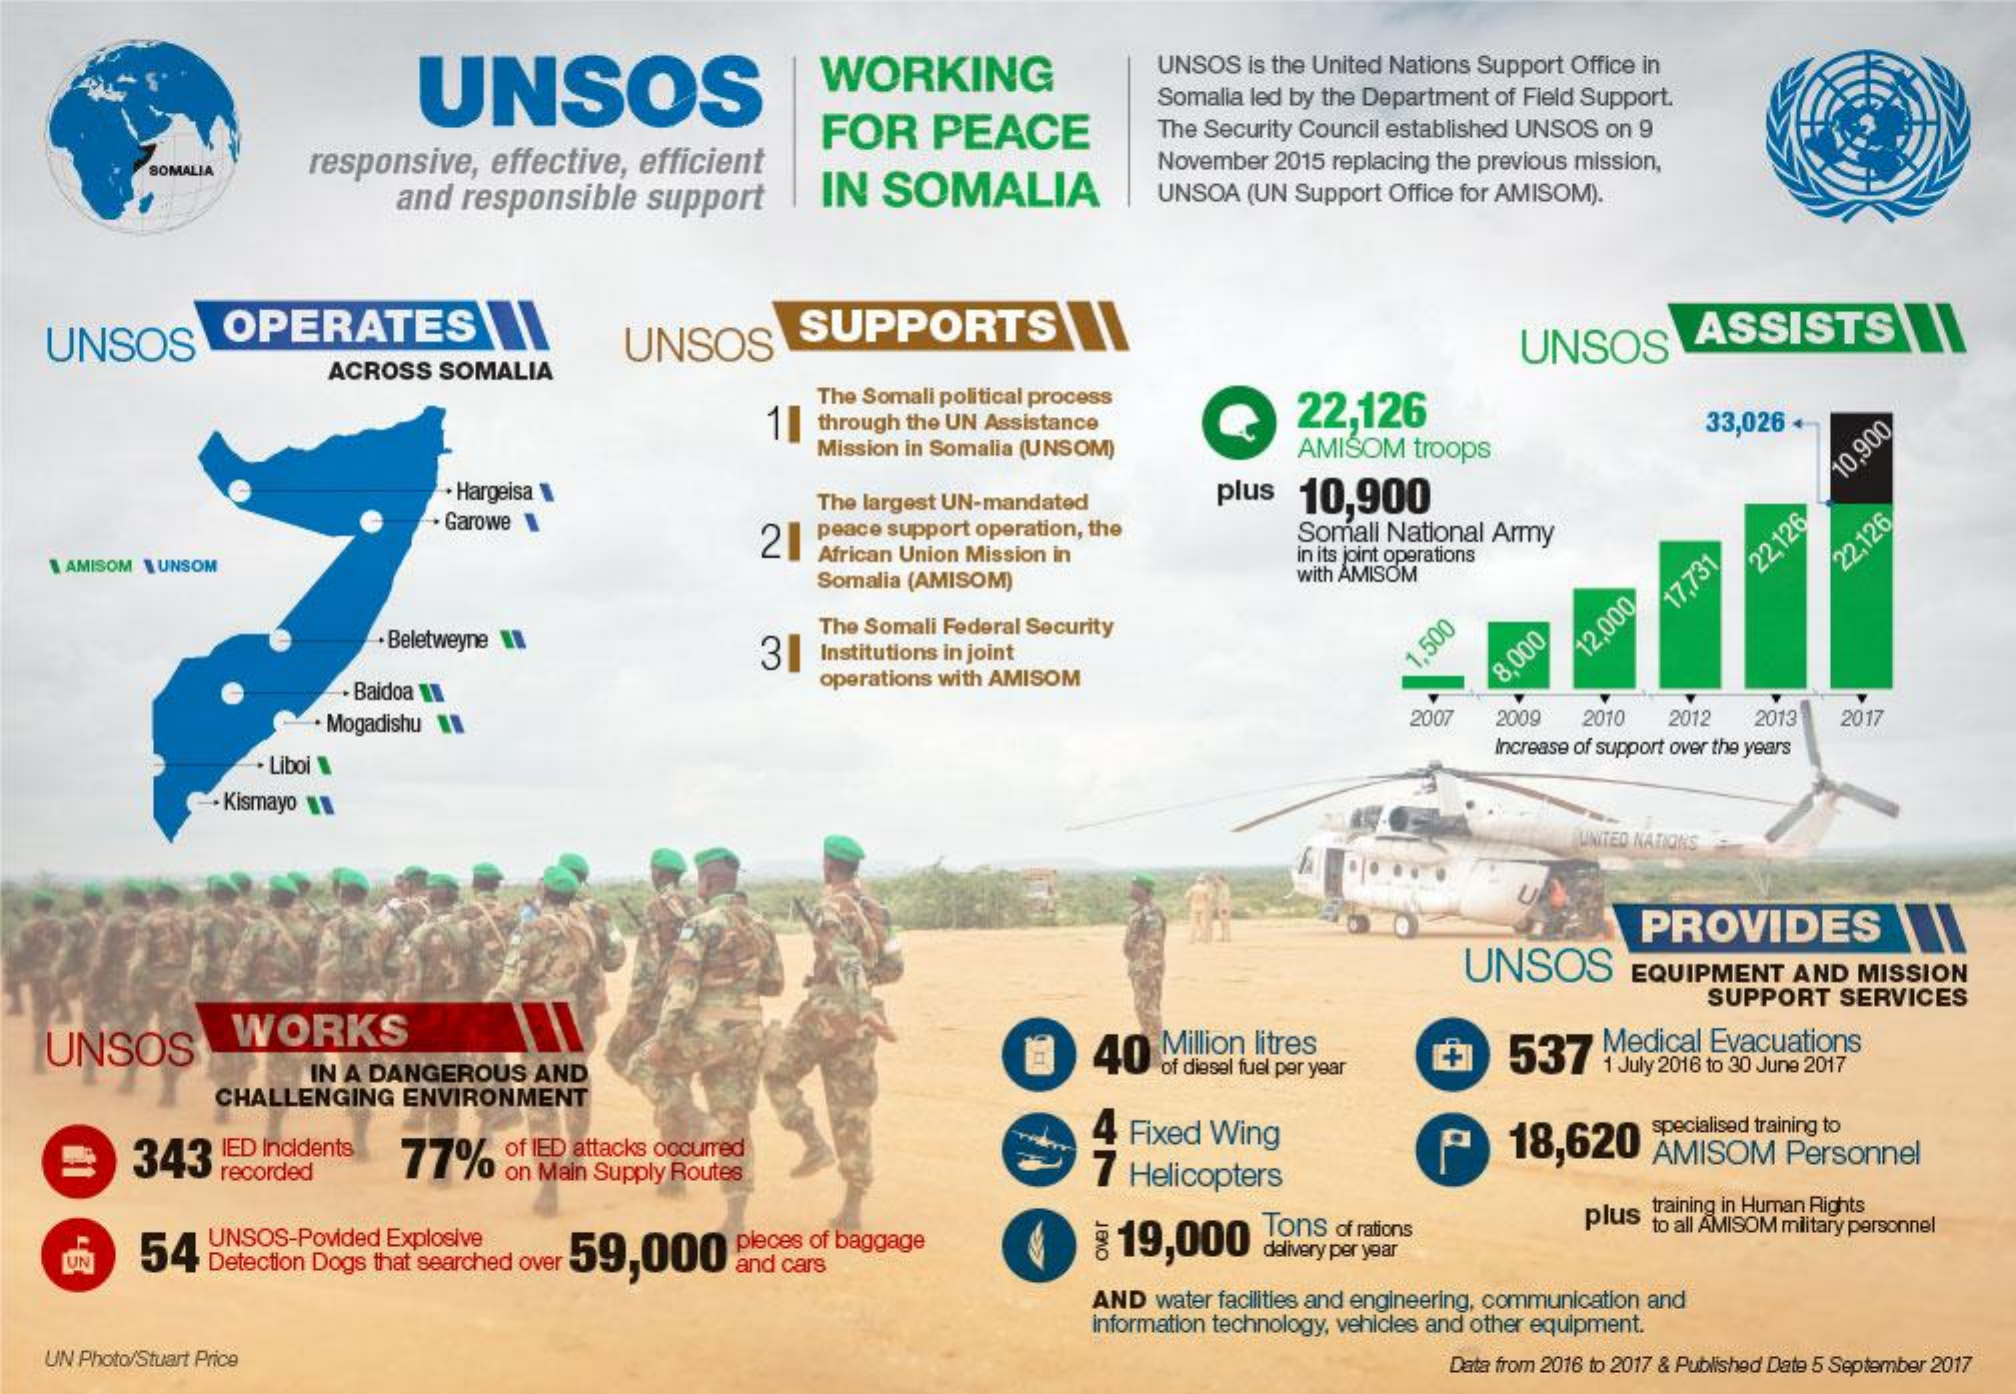
UNSOS    WORKING    UNSOS is the United Nations Support Office in
     FOR  PEACE
     Somalia led by the Department of Field Support.
     The Security Council established UNSOS on 9
     SOMALIA responsive, effective, efficient    November 2015 replacing the previous mission,
     and responsible support IN SOMALIA    UNSOA (UN Support Office for AMISOM).
   UNSOS   OPERATES    UNSOS    SUPPORTS    UNSOS    ASSISTS
     ACROSS SOMALIA
     11
     The Somali political process 22,126
     through the UN Assistance
     Mission in Somalia (UNSOM) AMISOM troops
     33,026 +
     + Hargeisa
     . Garowe
     The largest UN-mandated plus 10,900
     10,900
     21 peace support operation, the
   \ AMISOM \UNSOM    African Union Mission in
     Somali National Army
     in its joint operations
     Somalia (AMISOM)    with AMISOM
     22,126 22.126
     17,731
     . Beletweyne I    31
     The Somali Federal Security
     Institutions in joint    1.500    12,000
     Baidoa 11
     operations with AMISOM
     8.000
     Mogadishu    2007 2009 2010 2012 2013 2017
     Liboi
     Increase of support over the years
     - Kismayo
     UNITED NATIONS
     UNSOS
     PROVIDES
     EQUIPMENT AND MISSION
     SUPPORT SERVICES
   UNSOS    WORKS
     40 Million litres    537 Medical Evacuations
     IN A DANGEROUS AND    of diesel fuel per year 1 July 2016 to 30 June 2017
     CHALLENGING ENVIRONMENT
     343  ED Incidents
     77%  of IED attacks occurred 77%
     4 Fixed Wing    specialised training to
     18,620 AMISOM Personnel
     recorded    on Main Supply Routes    7 Helicopters
     P
     pieces of baggage  19,000 Tons of rations
     training in Human Rights
     UNSOS-Povided Explosive
     54 Detection Dogs that searched over 59,000
     plus to all AMISOM military personnel
     and cars
     delivery per year
     AND water facilities and engineering, communication and
     information technology, vehicles and other equipment.
   UN Photo/Stuart Price    Data from 2016 to 2017 & Published Date 5 September 2017